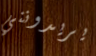
يريدونني